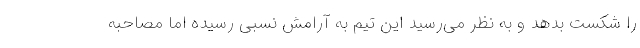
را شکست بدهد و به نظر می‌رسید این تیم به آرامش نسبی رسیده اما مصاحبه